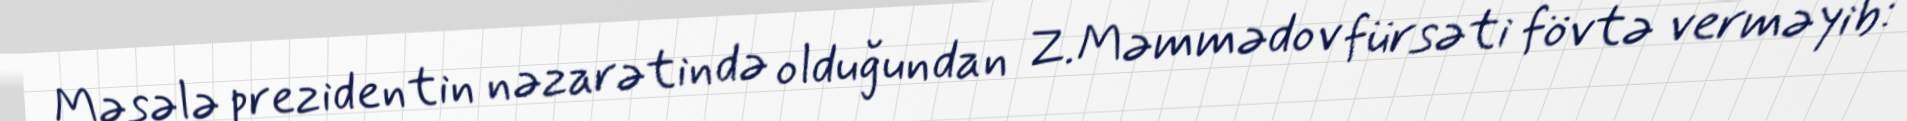
Məsələ prezidentin nəzarətində olduğundan Z.Məmmədov fürsəti fövtə verməyib: